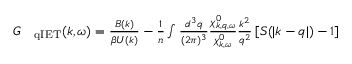
\begin{array} { r l } { G } & { { } _ { \mathrm { q I E T } } ( \boldsymbol { k } , \omega ) = \frac { { B } ( \boldsymbol { k } ) } { \beta { U } ( \boldsymbol { k } ) } - \frac { 1 } { n } \int \frac { d ^ { 3 } q } { ( 2 \pi ) ^ { 3 } } \frac { \chi _ { \boldsymbol { k } , \boldsymbol { q } , \omega } ^ { 0 } } { \chi _ { \boldsymbol { k } , \omega } ^ { 0 } } \frac { k ^ { 2 } } { q ^ { 2 } } \left[ S ( | \boldsymbol { k } - \boldsymbol { q } | ) - 1 \right] } \end{array}